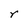
Character: r